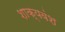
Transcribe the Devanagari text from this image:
शाक्यवंश